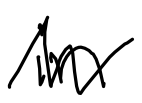
Text: in
Cross-out: zig-zag
Writing tool: digital_black